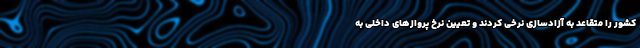
کشور را متقاعد به آزادسازی نرخی کردند و تعیین نرخ پروازهای داخلی به